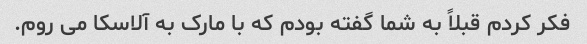
فکر کردم قبلاً به شما گفته بودم که با مارک به آلاسکا می روم.